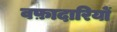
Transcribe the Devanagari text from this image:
वफ़ादारियों